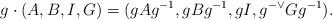
LaTeX: \begin{align*}g\cdot(A,B,I,G)=(gAg^{-1},gBg^{-1},gI,g^{-\vee}Gg^{-1}).\end{align*}